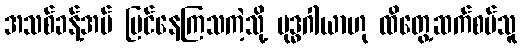
အသစ်ခန့်အပ် မြင်နေကြသကဲ့သို့ ဗုဒ္ဓဂါယာဟု ထိတွေ့ဆက်စပ်သူ